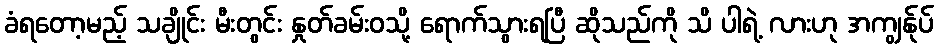
ခံရတော့မည့် သချိုင်း မီးတွင်း နှုတ်ခမ်းဝသို့ ရောက်သွားရပြီ ဆိုသည်ကို သိ ပါရဲ့ လားဟု အကျွန်ုပ်